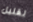
لقليل